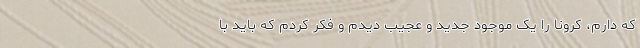
که دارم، کرونا را یک موجود جدید و عجیب دیدم و فکر کردم که باید با